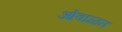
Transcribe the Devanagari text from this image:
ओवाळत